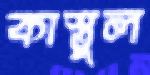
কাস্তুল